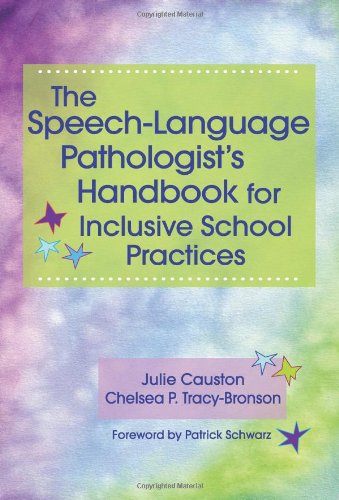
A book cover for The Speech-Language Pathologist's Handbook for Inclusive School Practice; Julie Causton Ph.D.; Medical Books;